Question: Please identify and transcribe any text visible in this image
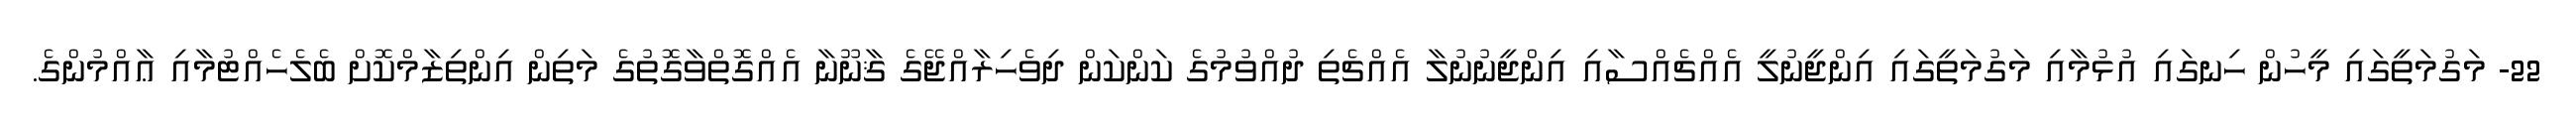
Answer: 22- މަގުމަތީގައި މީހުން ހިނގައި އުޅުމާއި މަގުމަތީގައި އިންޖީނުލީ އެއްޗެއްސާއި އިންޖީނުނުލާ އެއްޗެތި ދުއްވުމުގެ ކަންކަން ދިވެހިރާއްޖޭގެ ޤާނޫނާ އެއްގޮތްވާގޮތުގެ މަތިން އިންތިޒާމްކޮށް ބެލެހެއްޓުމާއި ޢާއްމުންގެ.